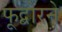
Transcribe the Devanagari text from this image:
फूद्बोरने